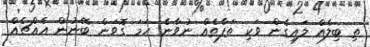
ތި ބިލެއް ލައިގެން ވަކި ތަފާތެއް ނުވާނެ ހަމަ ގޮވަން ބޭނުން އެއްޗެއް